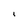
Character: i